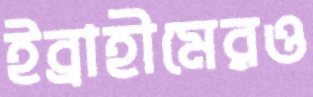
ইব্রাহীমেরও